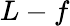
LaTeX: L-f